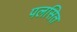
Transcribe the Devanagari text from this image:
पलसित